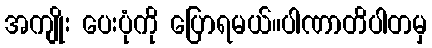
အကျိုး ပေးပုံကို ပြောရမယ်။ပါဏာတိပါတမှ